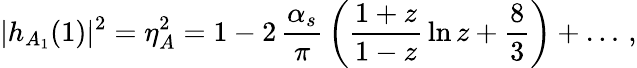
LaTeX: |h_{A_{1}}(1)|^{2}=\eta_{A}^{2}=1-2\, {\frac{\alpha_{s}}{\pi}}\, \bigg({\frac{1+z}{1-z}}\ln z+\frac 83\bigg)+\ldots\, ,